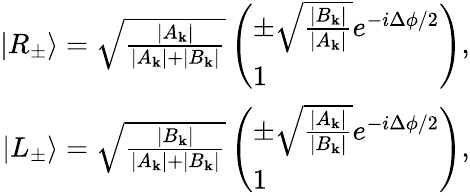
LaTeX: \begin{array}{r}{|R_{\pm}\rangle=\sqrt{\frac{|A_{\mathbf{k}}|}{|A_{\mathbf{k}}|+|B_{\mathbf{k}}|}}\left(\begin{array}{l}{\pm\sqrt{\frac{|B_{\mathbf{k}}|}{|A_{\mathbf{k}}|}}e^{-i\Delta\phi/2}}\\ {1}\end{array}\right)\textrm{,}}\\ {|L_{\pm}\rangle=\sqrt{\frac{|B_{\mathbf{k}}|}{|A_{\mathbf{k}}|+|B_{\mathbf{k}}|}}\left(\begin{array}{l}{\pm\sqrt{\frac{|A_{\mathbf{k}}|}{|B_{\mathbf{k}}|}}e^{-i\Delta\phi/2}}\\ {1}\end{array}\right)\textrm{,}}\end{array}